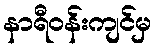
နာရီဝန်းကျင်မှ